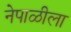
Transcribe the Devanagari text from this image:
नेपाळीला